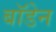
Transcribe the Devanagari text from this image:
बाॅडेन